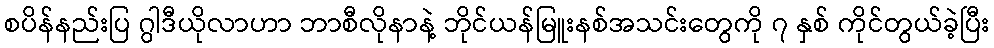
စပိန်နည်းပြ ဂွါဒီယိုလာဟာ ဘာစီလိုနာနဲ့ ဘိုင်ယန်မြူးနစ်အသင်းတွေကို ၇ နှစ် ကိုင်တွယ်ခဲ့ပြီး